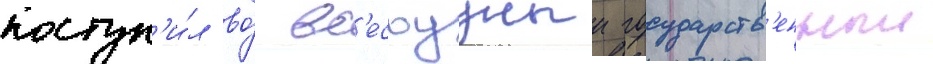
поступ'и́л во́ вс'есоузныи государств'енныи